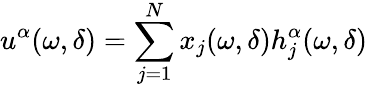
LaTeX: u^{\alpha}(\omega,\delta)=\sum_{j=1}^{N}x_{j}(\omega,\delta)h_{j}^{\alpha}(\omega,\delta)